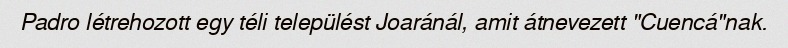
Padro létrehozott egy téli települést Joaránál, amit átnevezett "Cuencá"nak.